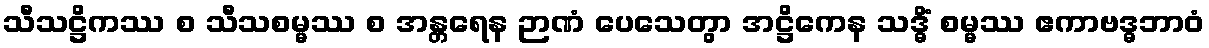
သီသဋ္ဌိကဿ စ သီသစမ္မဿ စ အန္တရေန ဉာဏံ ပေသေတွာ အဋ္ဌိကေန သဒ္ဓိံ စမ္မဿ ဧကာဗဒ္ဓဘာဝံ